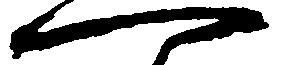
一